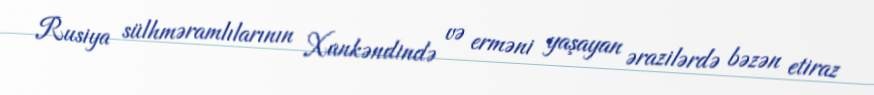
Rusiya sülhməramlılarının Xankəndində və erməni yaşayan ərazilərdə bəzən etiraz